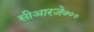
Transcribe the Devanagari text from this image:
सीआरजे७००